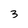
Character: 3